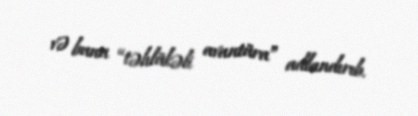
və bunu “təhlükəli avantüra” adlandırıb.